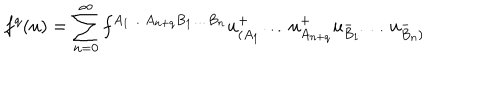
f ^ { q } ( u ) = \sum _ { n = 0 } ^ { \infty } f ^ { A _ { 1 } \ldots A _ { n + q } B _ { 1 } \ldots B _ { n } } u _ { ( A _ { 1 } } ^ { + } \ldots u _ { A _ { n + q } } ^ { + } u _ { B _ { 1 } } ^ { - } \ldots u _ { B _ { n } ) } ^ { - }